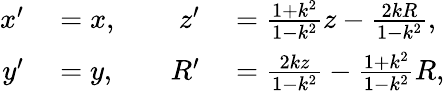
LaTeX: \begin{array}{rlrl}{x^{\prime}}&{{}=x,\quad}&{z^{\prime}}&{{}={\frac{1+k^{2}}{1-k^{2}}}z-{\frac{2kR}{1-k^{2}}},}\\ {y^{\prime}}&{{}=y,}&{R^{\prime}}&{{}={\frac{2kz}{1-k^{2}}}-{\frac{1+k^{2}}{1-k^{2}}}R,}\end{array}